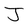
Character: J